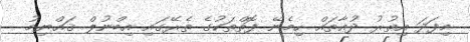
މިފަދަ އިތުރު ދުޢާތައް ހިމެނޭ ފޮތްތަކުގެ ތެރޭގައި އިބްނުލް ޤައްޔިމު